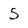
Character: S